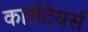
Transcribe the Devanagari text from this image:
कार्सटेयर्स